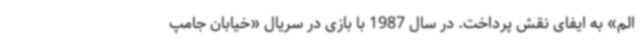
الم» به ایفای نقش پرداخت. در سال 1987 با بازی در سریال «خیابان جامپ